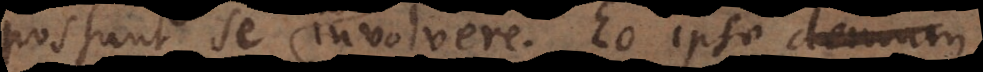
possunt se involvere. Eo ipso